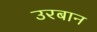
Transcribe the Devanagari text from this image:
उरबान